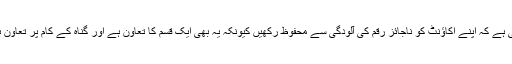
احتیاط کا تقاضا یہی ہے کہ اپنے اکاؤنٹ کو ناجائز رقم کی آلودگی سے محفوظ رکھیں کیونکہ یہ بھی ایک قسم کا تعاون ہے اور گناہ کے کام پر تعاون بھی جائز نہیں ہوتا۔